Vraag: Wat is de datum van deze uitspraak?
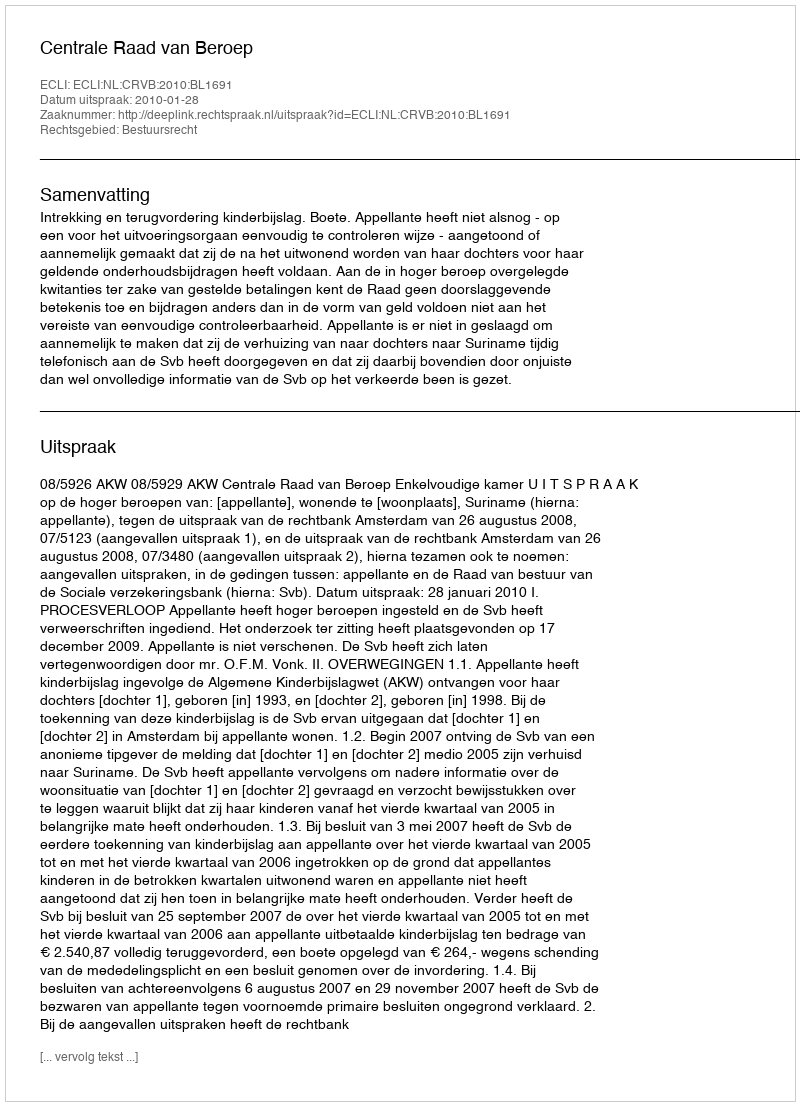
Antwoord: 2010-01-28